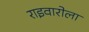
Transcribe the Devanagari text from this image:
राइवारोला